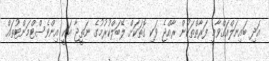
އަދި ބައިނަލްއަގްވާމީ ފަރާތްތަކުން ރާއްޖެ ވަކި ގޮތަކަށް ލޭބަލްކުރުމުގެ ނަތީޖާ އަކީ އިންވެސްޓްމަންޓުތައް